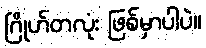
ဂြိုဟ်တလုံး ဖြစ်မှာပါပဲ။